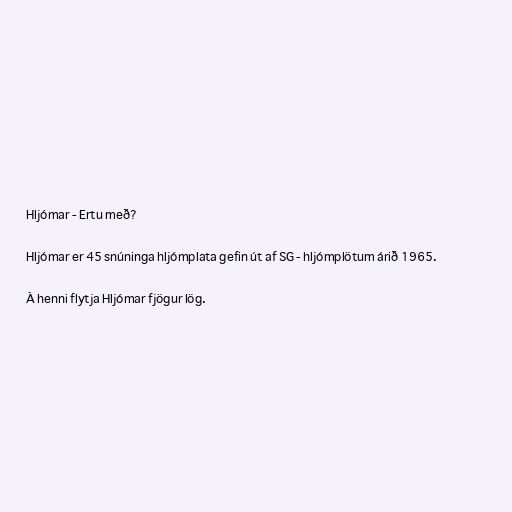
Hljómar - Ertu með?

Hljómar er 45 snúninga hljómplata gefin út af SG - hljómplötum árið 1965.

Á henni flytja Hljómar fjögur lög.